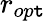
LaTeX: r_{op\mathtt{t}}